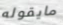
مايقوله